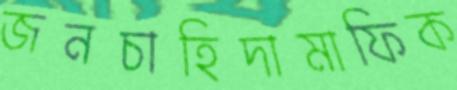
জনচাহিদামাফিক